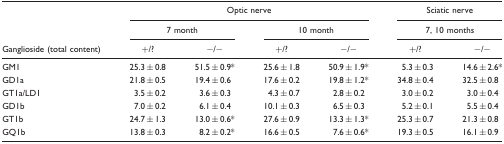
<table><thead><tr><td rowspan="3"><b>Ganglioside (total content)</b></td><td colspan="4"><b>Optic nerve</b></td><td colspan="2"><b>Sciatic nerve</b></td></tr><tr><td colspan="2"><b>7 month</b></td><td colspan="2"><b>10 month</b></td><td colspan="2"><b>7, 10 months</b></td></tr><tr><td><b>+/?</b></td><td><b>−/−</b></td><td><b>+/?</b></td><td><b>−/−</b></td><td><b>+/?</b></td><td><b>−/−</b></td></tr></thead><tbody><tr><td>GM1</td><td>25.3 ± 0.8</td><td>51.5 ± 0.9*</td><td>25.6 ± 1.8</td><td>50.9 ± 1.9*</td><td>5.3 ± 0.3</td><td>14.6 ± 2.6*</td></tr><tr><td>GD1a</td><td>21.8 ± 0.5</td><td>19.4 ± 0.6</td><td>17.6 ± 0.2</td><td>19.8 ± 1.2*</td><td>34.8 ± 0.4</td><td>32.5 ± 0.8</td></tr><tr><td>GT1a/LD1</td><td>3.5 ± 0.2</td><td>3.6 ± 0.3</td><td>4.3 ± 0.7</td><td>2.8 ± 0.2</td><td>3.0 ± 0.2</td><td>3.0 ± 0.4</td></tr><tr><td>GD1b</td><td>7.0 ± 0.2</td><td>6.1 ± 0.4</td><td>10.1 ± 0.3</td><td>6.5 ± 0.3</td><td>5.2 ± 0.1</td><td>5.5 ± 0.4</td></tr><tr><td>GT1b</td><td>24.7 ± 1.3</td><td>13.0 ± 0.6*</td><td>27.6 ± 0.9</td><td>13.3 ± 1.3*</td><td>25.3 ± 0.7</td><td>21.3 ± 0.8</td></tr><tr><td>GQ1b</td><td>13.8 ± 0.3</td><td>8.2 ± 0.2*</td><td>16.6 ± 0.5</td><td>7.6 ± 0.6*</td><td>19.3 ± 0.5</td><td>16.1 ± 0.9</td></tr></tbody></table>